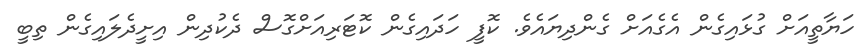
ހަޔާތީއަށް ގުޅައިގެން އެގެއަށް ގެންދިޔައެވެ. ކޮފީ ހަދައިގެން ކޮޓަރިއަށްގޮސް ދެކުދިން އިށީދެލައިގެން ތިބީ